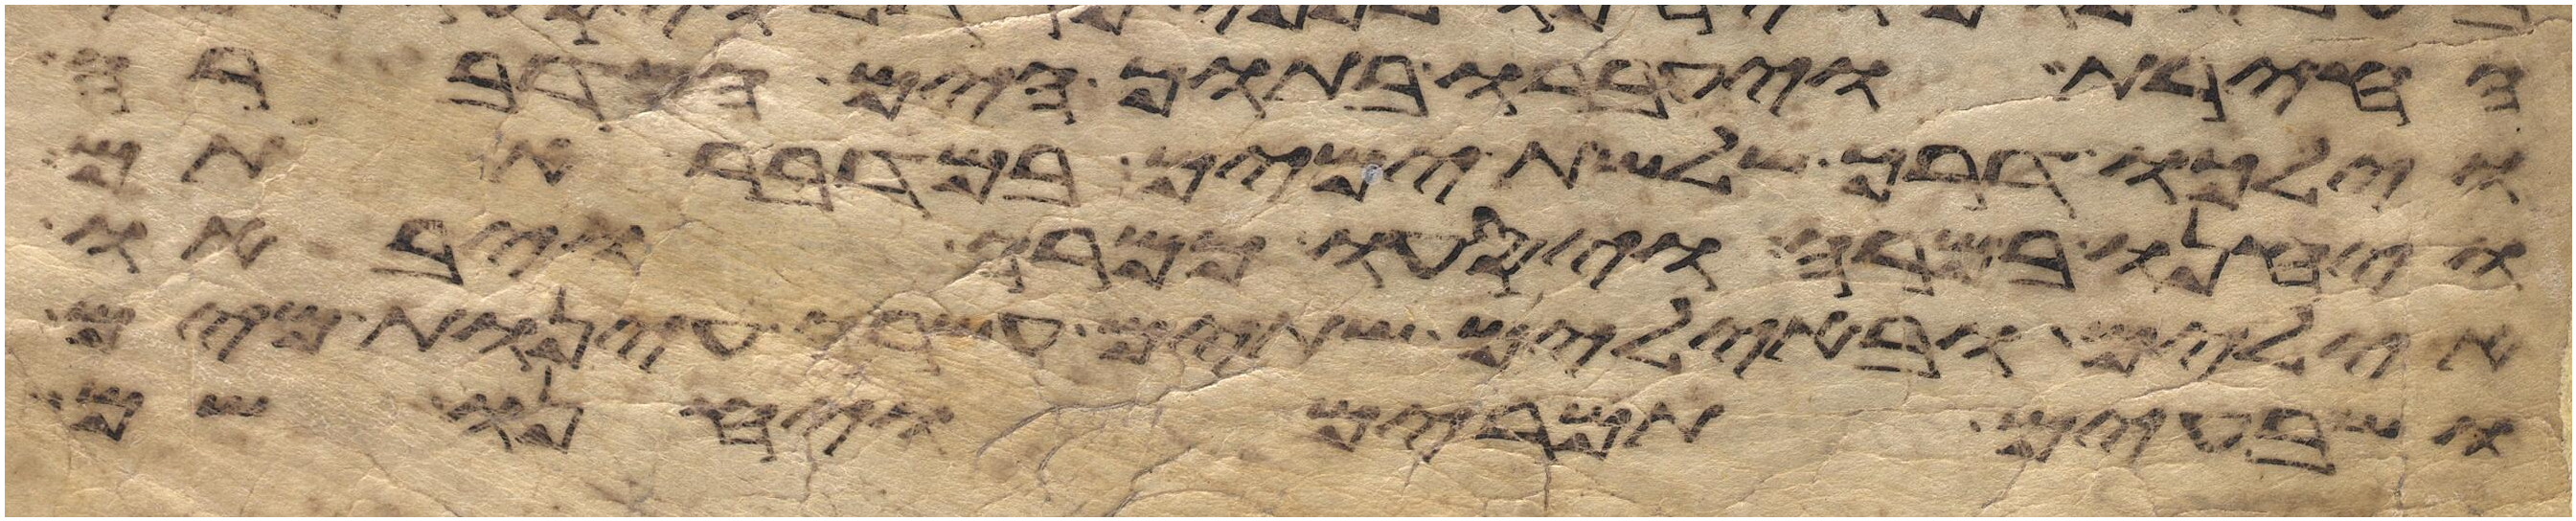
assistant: החירת ויעברו בתוך הים המדברה
וילכו דרך שלשת ימים במדבר אתם
ויחנו במרה ויסעו ממרה ויבאו
אילים ובאילים שתים עשרה עינות מים
ושבעים תמרים ויחנו שם